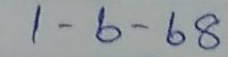
1 - 6 - 68